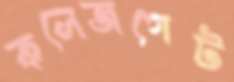
কলেজগেট